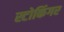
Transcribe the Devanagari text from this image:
स्टोकिंगर